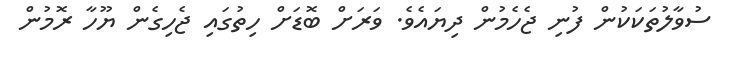
ސުވާލުތަކަކުން ފުނި ޖެހެމުން ދިޔައެވެ. ވަރަށް ބޮޑަށް ހިތުގައި ޖެހިގެން ޔޫހާ ރޮމުން